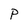
Character: P